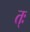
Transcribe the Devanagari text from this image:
त्ः